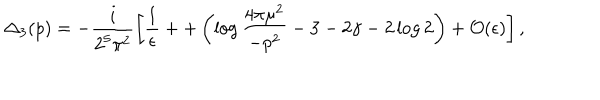
LaTeX: { \Delta _ { 3 } } ( p ) = - \frac { i } { 2 ^ { 5 } \pi ^ { 2 } } \left[ \frac { 1 } { \epsilon } + + \left( \log \frac { 4 \pi \mu ^ { 2 } } { - p ^ { 2 } } - 3 - 2 \gamma - 2 \log 2 \right) + { \cal O } ( \epsilon ) \right] ,